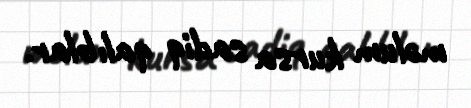
məlum kursa sadiq qalıblar.